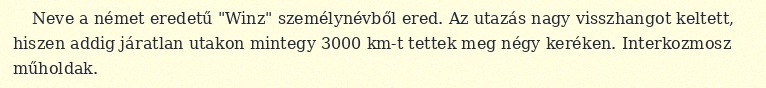
Neve a német eredetű "Winz" személynévből ered. Az utazás nagy visszhangot keltett, hiszen addig járatlan utakon mintegy 3000 km-t tettek meg négy keréken. Interkozmosz műholdak.